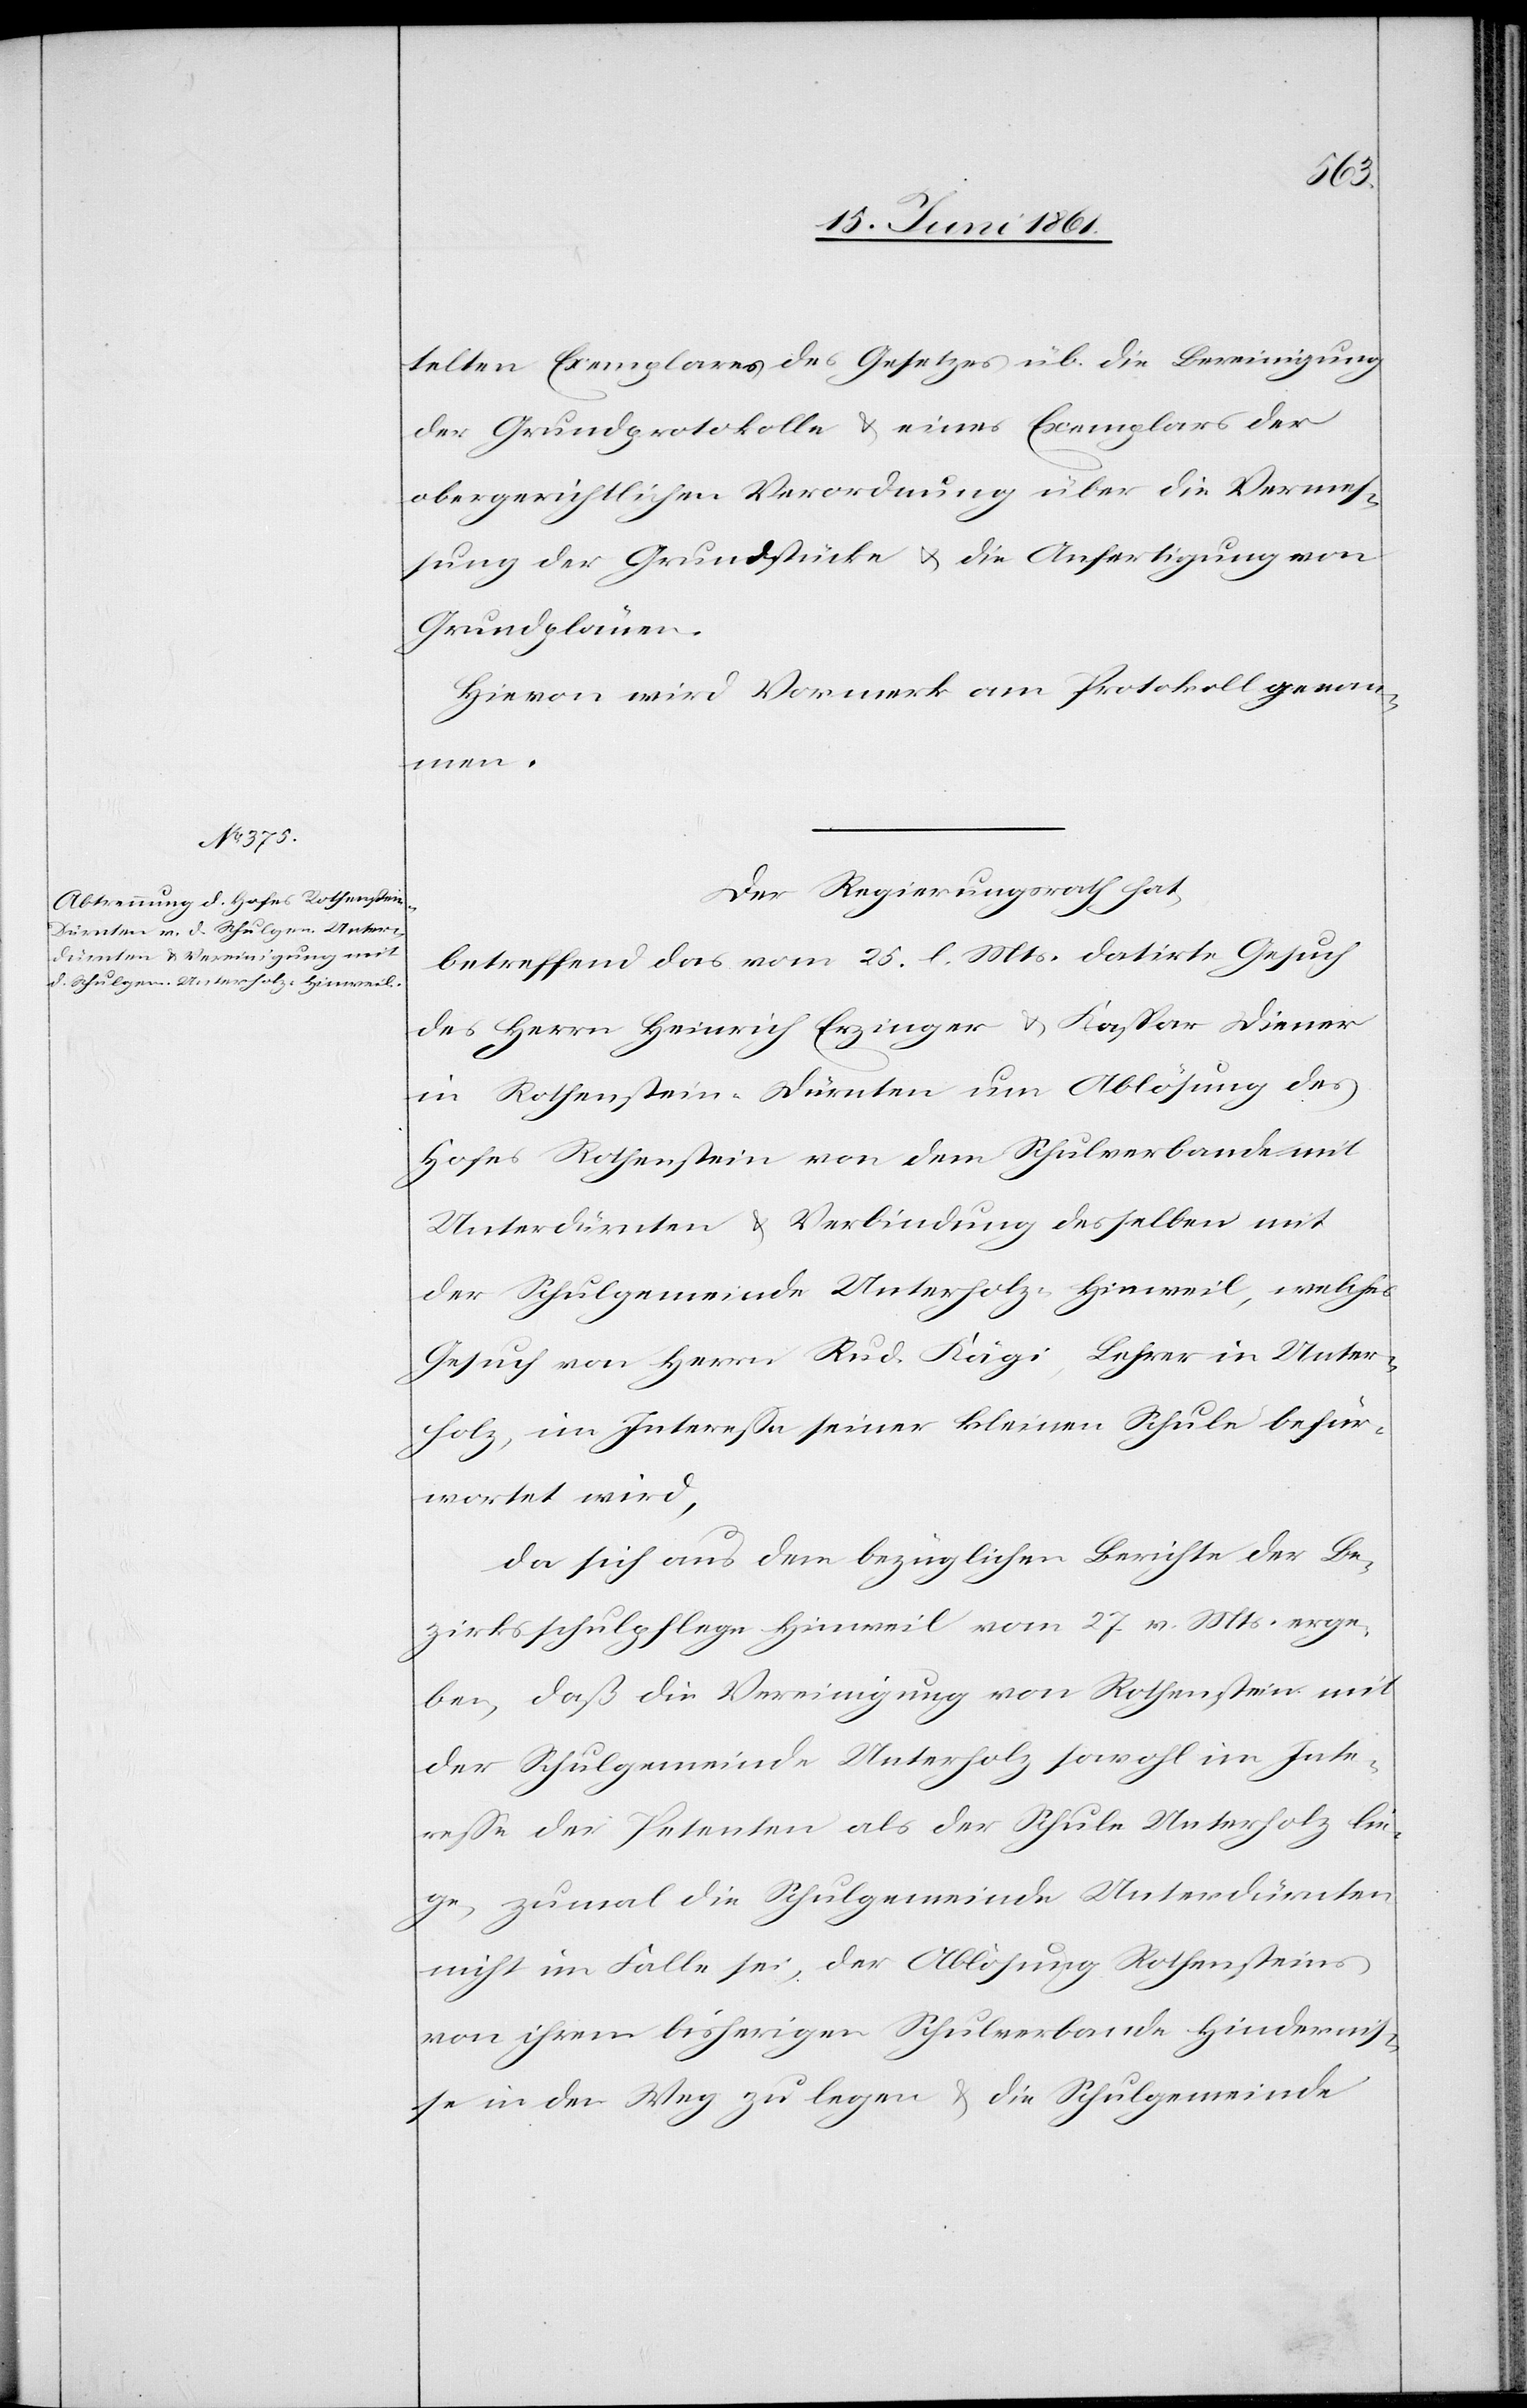
telten Exemplares des Gesetzes üb. die Bereinigung
der Grundprotokolle u. eines Exemplars der
obergerichtlichen Verordnung über die Vermes¬
sung der Grundstücke u. die Anfertigung von
Grundplänen.
Hievon wird Vormerk am Protokoll genom¬
men.
Der Regierungsrath hat,
betreffend das vom 25. l. Mts. datirte Gesuch
des Herrn Heinrich Erzinger u. Kaspar Diener
in Rothenstein-Dürnten um Ablösung des
Hofes Rothenstein von dem Schulverbande mit
Unterdürnten u. Verbindung desselben mit
der Schulgemeinde Unterholz-Hinweil, welches
Gesuch von Herrn Rud. Kägi, Lehrer in Unter¬
holz, im Interesse seiner kleinen Schule befür¬
wortet wird,
da sich aus dem bezüglichen Berichte der Be¬
zirksschulpflege Hinweil vom 27. v. Mts. erge¬
ben, daß die Vereinigung von Rothenstein mit
der Schulgemeinde Unterholz sowohl im Inte¬
resse der Petenten als der Schule Unterholz lie¬
ge, zumal die Schulgemeinde Unterdürnten
nicht im Falle sei, der Ablösung Rothensteins
von ihrem bisherigen Schulverbande Hindernis¬
se in den Weg zu legen u. die Schulgemeinde